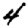
Digit: 4